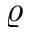
\varrho